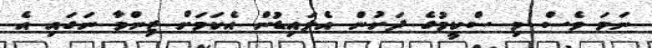
ނަމަ ވެސް މި ސްކީމުގެ ދަށުން އެލައިޑުން އެކަމަށް ޒިންމާ ނަގައި އެ